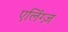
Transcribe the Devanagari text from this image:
एलिंग्ज़